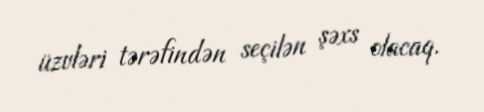
üzvləri tərəfindən seçilən şəxs olacaq.